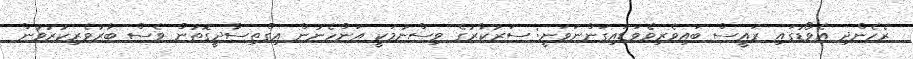
ރެހެންދި އެވޯޑުގައި ރައީސް ބައިވެރިވެވަޑައިގަންނަވަނީ: ސަރުކާރުގެ ވިސްނުމަކީ އަންހެނުން އިގްތިސާދީގޮތުން ވެސް ބާރުވެރިކުރުވުން